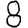
Digit: 8